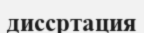
диссртация